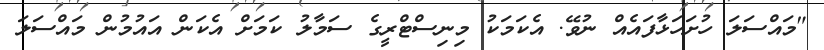
"މައްސަލަ ހުށަހަޅާފައެއް ނުވޭ. އެކަމަކު މިނިސްޓްރީގެ ސަމާލު ކަމަށް އެކަން އައުމުން މައްސަލަ